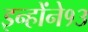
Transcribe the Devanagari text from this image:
इन्होंने१३